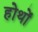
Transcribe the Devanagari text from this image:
होथों